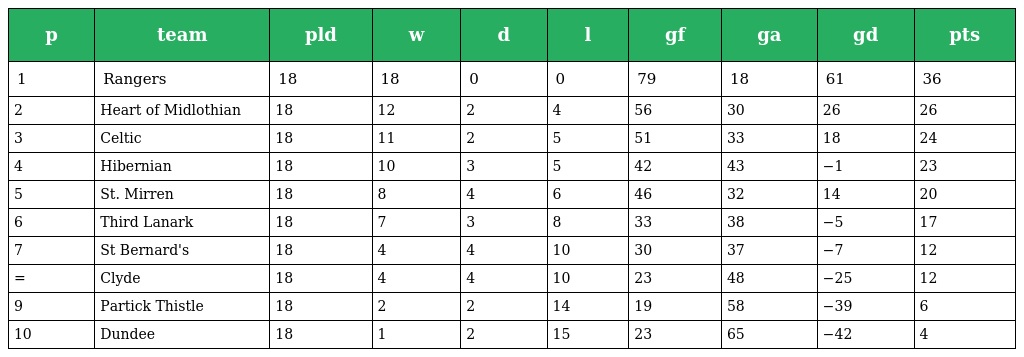
| p | team | pld | w | d | l | gf | ga | gd | pts |
 | --- | --- | --- | --- | --- | --- | --- | --- | --- | --- |
 | 1 | Rangers | 18 | 18 | 0 | 0 | 79 | 18 | 61 | 36 |
 | 2 | Heart of Midlothian | 18 | 12 | 2 | 4 | 56 | 30 | 26 | 26 |
 | 3 | Celtic | 18 | 11 | 2 | 5 | 51 | 33 | 18 | 24 |
 | 4 | Hibernian | 18 | 10 | 3 | 5 | 42 | 43 | −1 | 23 |
 | 5 | St. Mirren | 18 | 8 | 4 | 6 | 46 | 32 | 14 | 20 |
 | 6 | Third Lanark | 18 | 7 | 3 | 8 | 33 | 38 | −5 | 17 |
 | 7 | St Bernard's | 18 | 4 | 4 | 10 | 30 | 37 | −7 | 12 |
 | = | Clyde | 18 | 4 | 4 | 10 | 23 | 48 | −25 | 12 |
 | 9 | Partick Thistle | 18 | 2 | 2 | 14 | 19 | 58 | −39 | 6 |
 | 10 | Dundee | 18 | 1 | 2 | 15 | 23 | 65 | −42 | 4 |